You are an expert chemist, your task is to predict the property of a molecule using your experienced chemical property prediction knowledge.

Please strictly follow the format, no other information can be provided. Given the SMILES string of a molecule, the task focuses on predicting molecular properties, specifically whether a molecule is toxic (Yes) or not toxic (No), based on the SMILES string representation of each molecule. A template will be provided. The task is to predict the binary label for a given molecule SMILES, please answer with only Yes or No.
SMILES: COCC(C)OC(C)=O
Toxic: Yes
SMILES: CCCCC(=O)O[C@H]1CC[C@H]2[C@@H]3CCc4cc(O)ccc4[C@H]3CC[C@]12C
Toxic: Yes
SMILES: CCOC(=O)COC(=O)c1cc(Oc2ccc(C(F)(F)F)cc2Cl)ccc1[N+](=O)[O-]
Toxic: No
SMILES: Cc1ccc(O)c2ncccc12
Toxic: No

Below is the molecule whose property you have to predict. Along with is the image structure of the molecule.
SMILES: COc1nc(N)nc2nc[nH]c12
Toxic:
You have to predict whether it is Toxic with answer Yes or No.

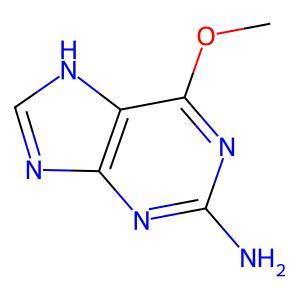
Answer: No